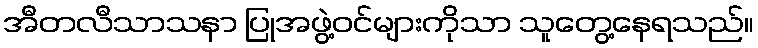
အီတလီသာသနာ ပြုအဖွဲ့ဝင်များကိုသာ သူတွေ့နေရသည်။